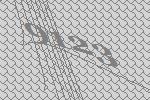
9123